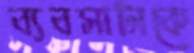
ব্যবসাটাকে